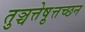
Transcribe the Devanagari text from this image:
तुञ्चत्तेष़ुत्तच्छन